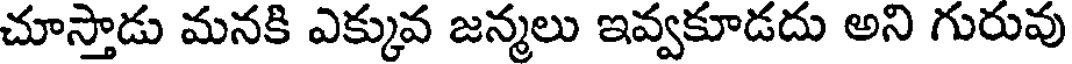
చూస్తాడు మనకి ఎక్కువ జన్మలు ఇవ్వకూడదు అని గురువు